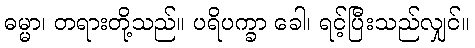
ဓမ္မာ၊ တရားတို့သည်။ ပရိပက္ခာ ခေါ၊ ရင့်ပြီးသည်လျှင်။